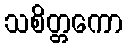
သစိတ္တကော